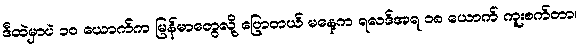
ဒီထဲမှာပဲ ၁၀ ယောက်က မြန်မာတွေလို့ ပြောတယ် မနေ့က ရလဒ်အရ ၁၈ ယောက် ကူးစက်တာ၊